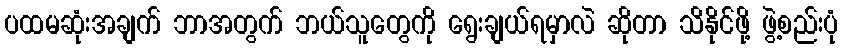
ပထမဆုံးအချက် ဘာအတွက် ဘယ်သူတွေကို ရွေးချယ်ရမှာလဲ ဆိုတာ သိနိုင်ဖို့ ဖွဲ့စည်းပုံ